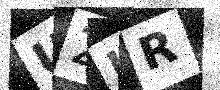
Text: U2UR